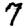
Digit: 7